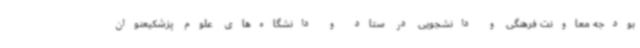
بودجه معاونت فرهنگی و دانشجویی در ستاد و دانشگاه‌های علوم پزشکیعنوان